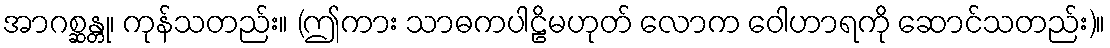
အာဂစ္ဆန္တု၊ ကုန်သတည်း။ (ဤကား သာဓကပါဠိမဟုတ် လောက ဝေါဟာရကို ဆောင်သတည်း)။